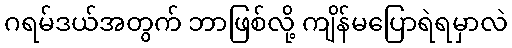
ဂရမ်ဒယ်အတွက် ဘာဖြစ်လို့ ကျိန်မပြောရဲရမှာလဲ